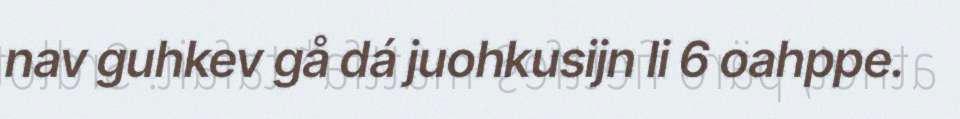
nav guhkev gå dá juohkusijn li 6 oahppe.